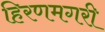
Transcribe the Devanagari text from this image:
हिरणमगरी